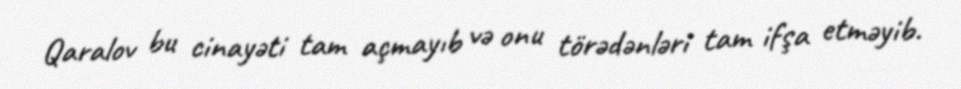
Qaralov bu cinayəti tam açmayıb və onu törədənləri tam ifşa etməyib.